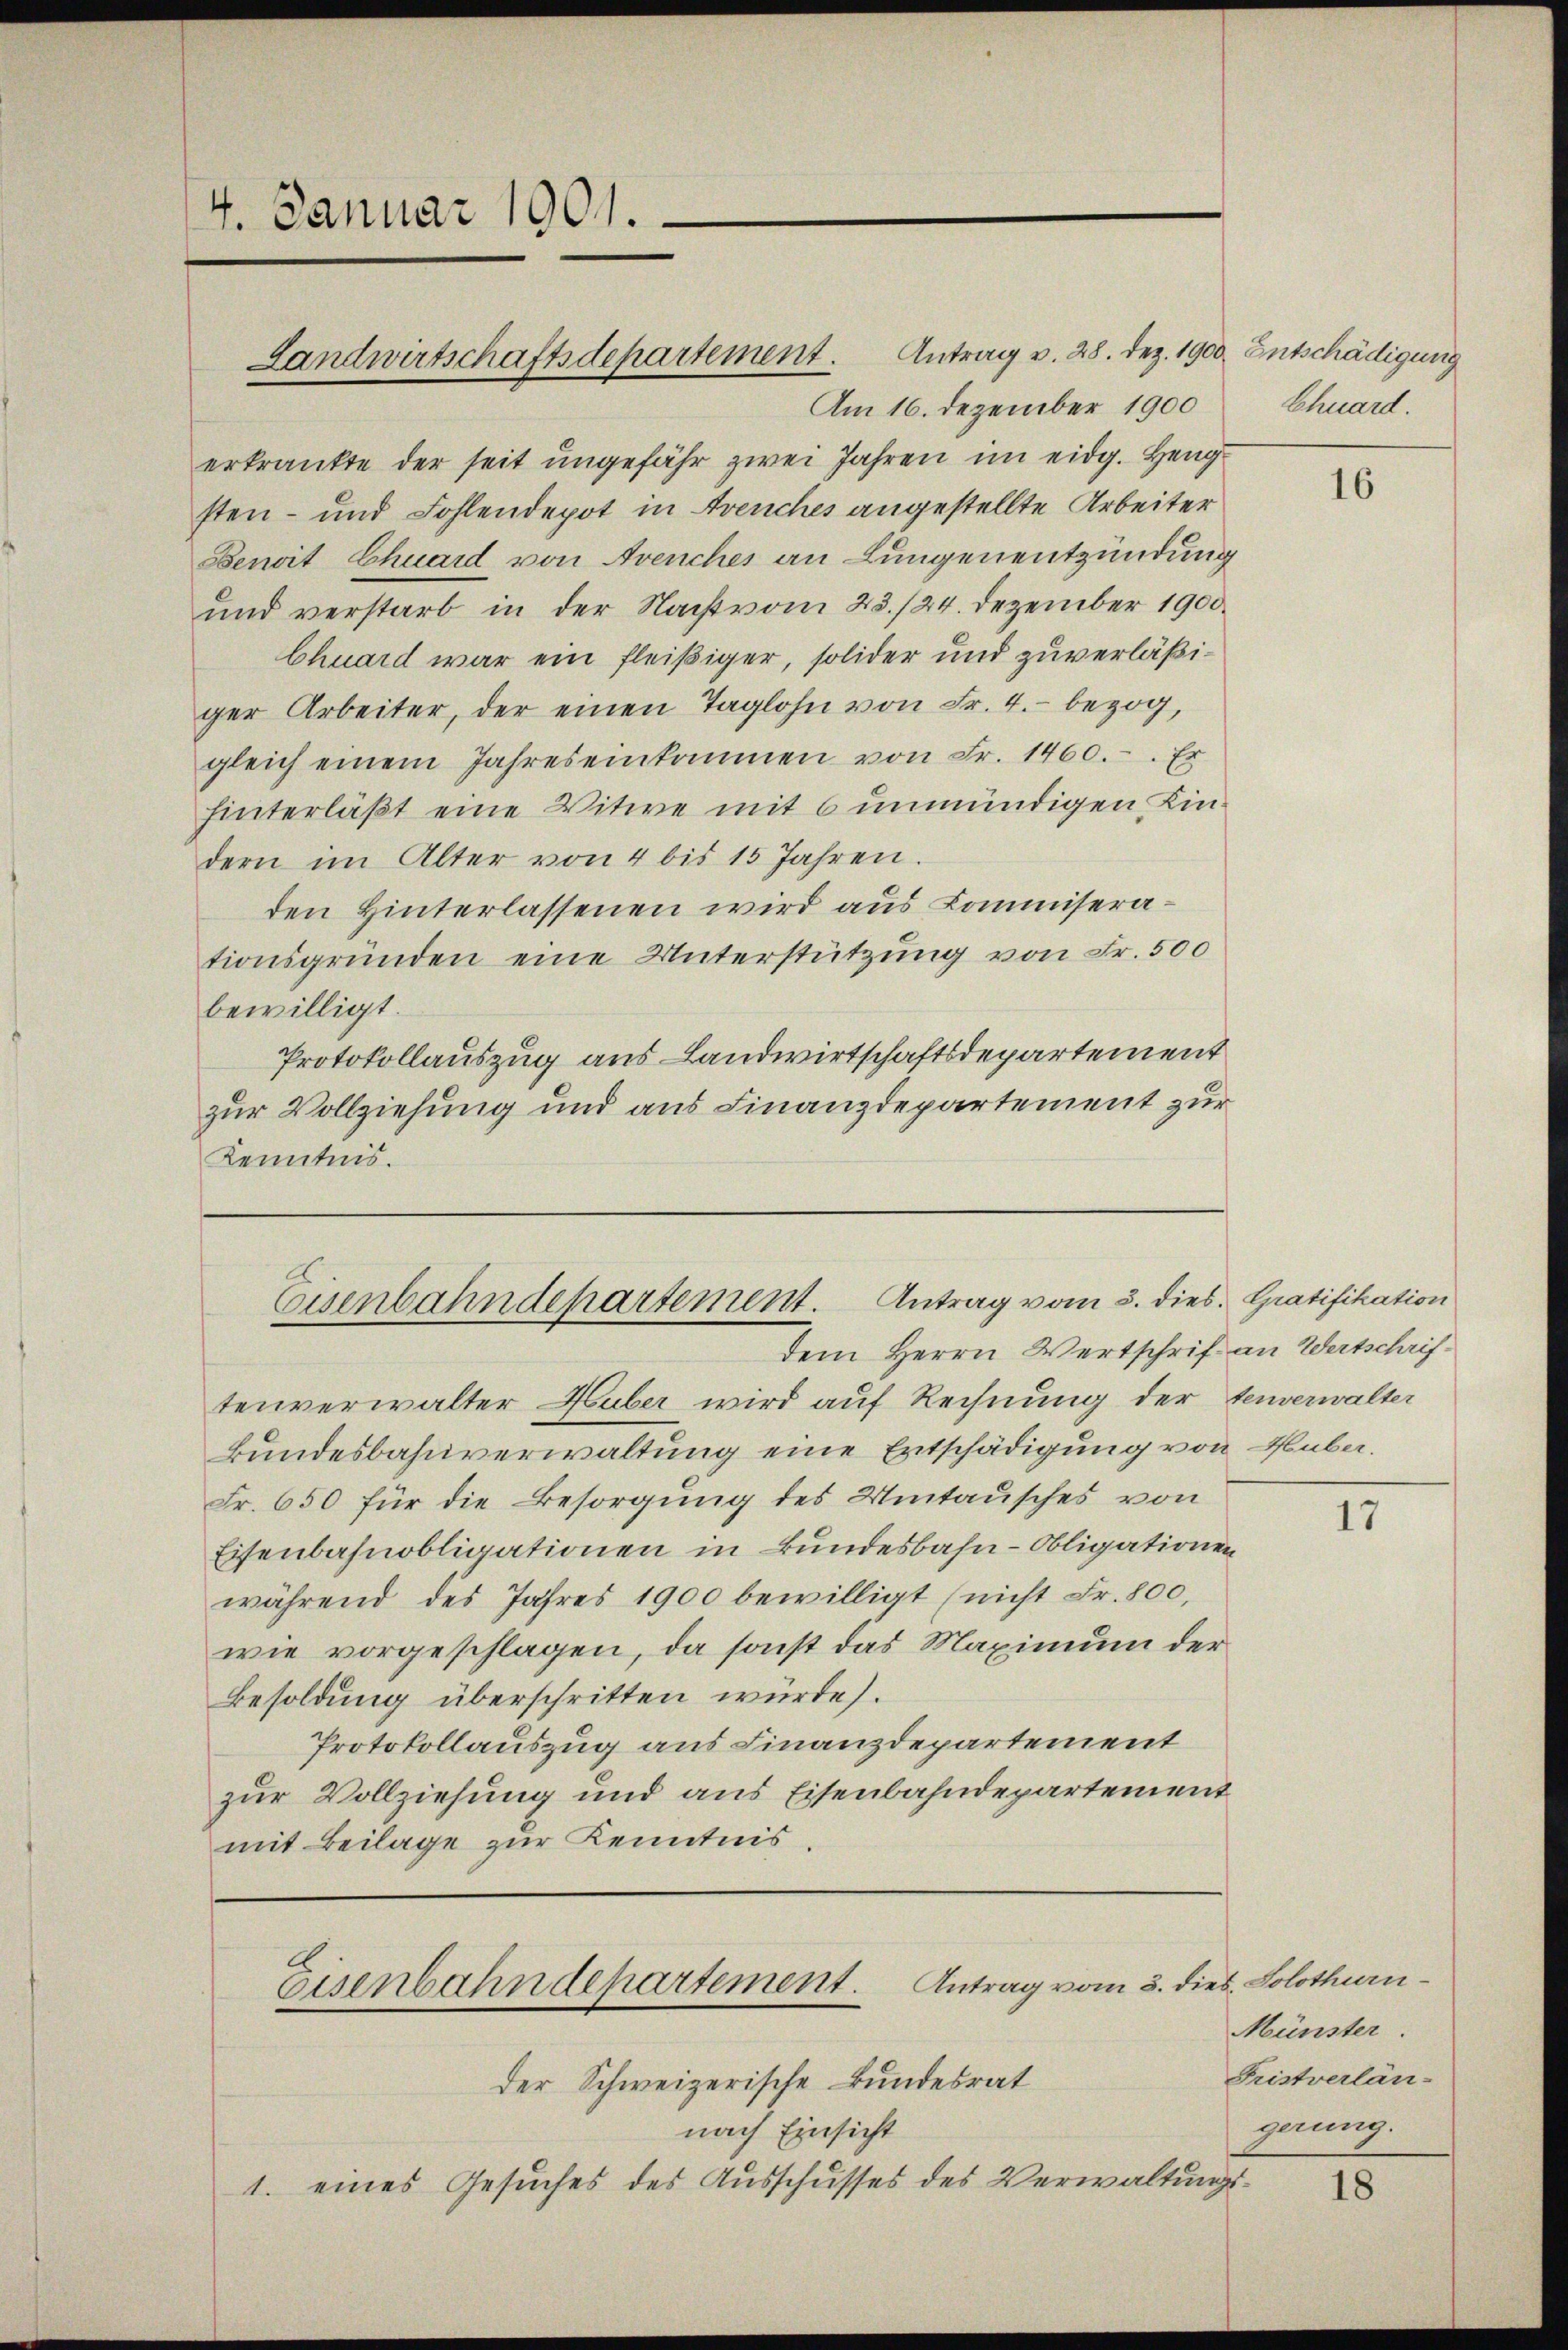
4. Januar 1901.

Am 16. Dezember 1900
erkrankte der seit ungefähr zwei Jahren im eidg. Hengsten- und Fohlendepot in Avenches angestellte Arbeiter
Benoit Chuard von Avenches an Lungenentzündung
und verstarb in der Nacht vom 23./24. Dezember 1900.
Chuard war ein fleißiger, solider und zuverläßiger Arbeiter, der einen Taglohn von Fr. 4. bezog,
gleich einem Jahres einkommen von Fr. 1460. Er
hinterläßt eine Witwe mit 6 unmündigen Kindern im Alter von 4 bis 15 Jahren.
den Hinterlassenen wird aus Commiserationsgründen eine Unterstützung von Fr. 500
bewilligt.
Protokollauszug aus Landwirtschaftsdepartement
zur Vollziehung und aus Finanzdepartement zur
Kenntnis.

Landwirtschaftsdepartement. Antrag v. 28. Dez. 1900. Entschädigung

Eisenbahndepartement. Antrag vom 3. dies. Gratifikation
dem Herrn Wertschrif an Wertschrif¬

Eisenbahndepartement. Antrag vom 3. dies. Solothurn¬

tenverwalter Huber wird auf Rechnung der tenverwalter
kundesbahnverwaltung eine Entschädigung von Huber.
Fr. 650 für die Besorgung des Umtausches von
Eisenbahnobligationen in Bundesbahn-Obligationen
während des Jahres 1900 bewilligt (nicht Fr. 800,
wie vorgeschlagen, da sonst das Maximum der
Besoldung überschritten würde).
Protokollauszug aus Finanzdepartement
zur Vollziehung und aus Eisenbahndepartement
mit Beilage zur Kenntnis.

der Schweizerische Bundesrat
nach Einsicht
1. eines Gesuches des Ausschusses des Verwaltungs¬

Chuard.

16

17

Münster.
Fristverlän-
gerung.

18